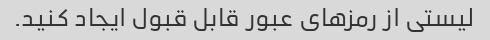
لیستی از رمزهای عبور قابل قبول ایجاد کنید.